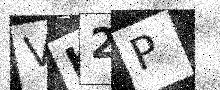
Text: VK2P